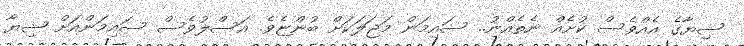
ޝިޔާގެ އެއްވެސް ކުށެއް ނެތެއްނު.. ސައިމަން މަޖަލަކަށް ބުންޏެވެ. އަސްލުވެސް ސައިމަންއަށް ޝިޔާ